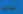
لذالك